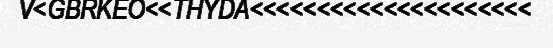
V<GBRKEO<<THYDA<<<<<<<<<<<<<<<<<<<<<